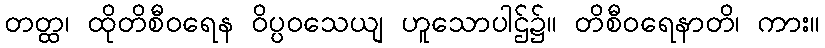
တတ္ထ၊ ထိုတိစီဝရေန ဝိပ္ပဝသေယျ ဟူသောပါဌ်၌။ တိစီဝရေနာတိ၊ ကား။